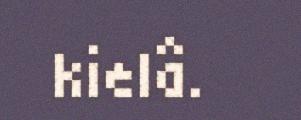
kielâ.